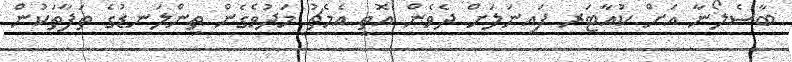
ބާސެލޯނާ އަށް ކުއާޓަރ ފައިނަލަށް ދެވެން އޮތީ އެމެޗު މަދުވެގެން ތިންލަނޑުގެ ތަފާތަކުން